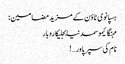
ہسپانوی ٹاؤن کے مزید مضامین :
مہنگائیموسمدنیابجلیکاروبار
نام کی سپر پاور…!